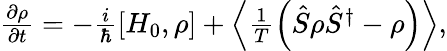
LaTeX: \begin{array}{r}{\frac{\partial\rho}{\partial t}=-\frac{i}{\hbar}[H_{0},\rho]+\left\langle\frac{1}{T}\left(\hat{S}\rho\hat{S}^{\dagger}-\rho\right)\right\rangle,}\end{array}